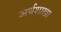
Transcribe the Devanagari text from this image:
अर्थशाखा